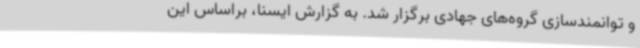
و توانمندسازی گروه‌های جهادی برگزار شد. به گزارش ایسنا، براساس این